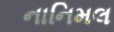
નાનિમલ